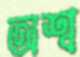
অশ্ব